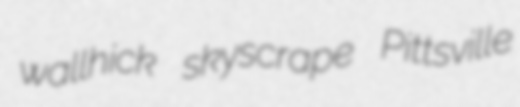
wallhick skyscrape Pittsville